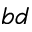
_ { b d }